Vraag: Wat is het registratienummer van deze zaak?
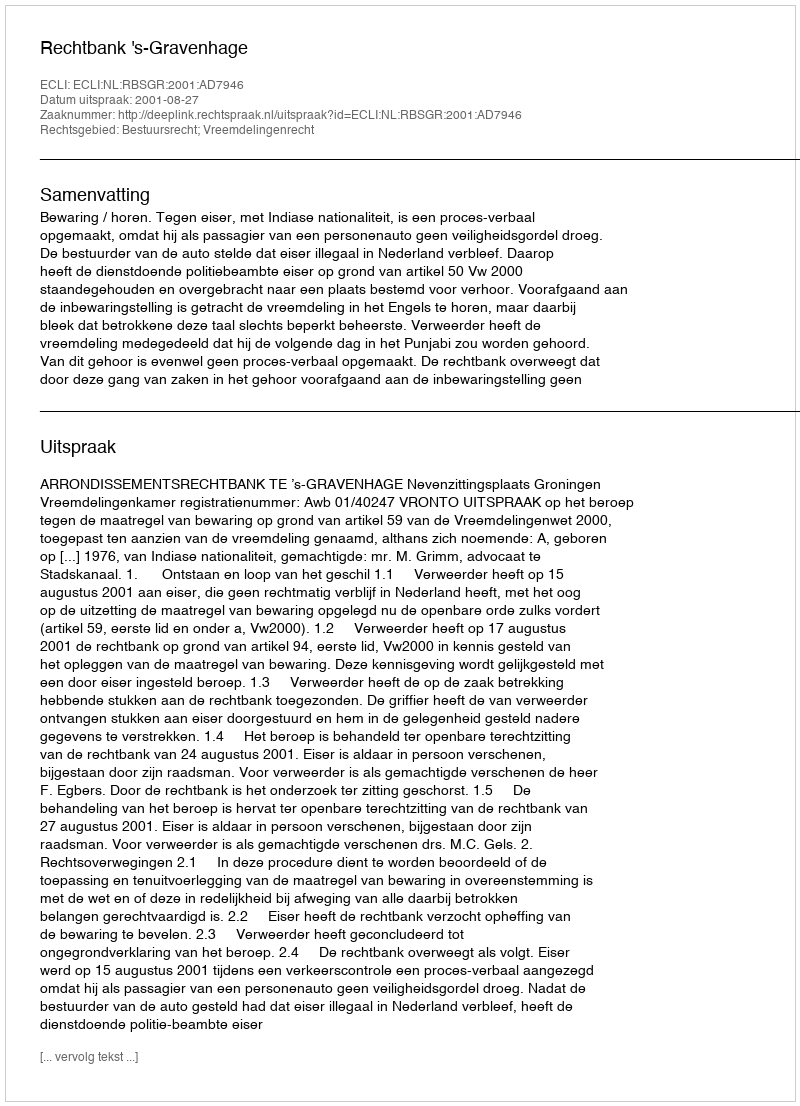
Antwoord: http://deeplink.rechtspraak.nl/uitspraak?id=ECLI:NL:RBSGR:2001:AD7946